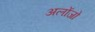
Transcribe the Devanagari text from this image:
अलोंजो